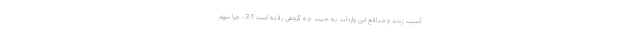
آسیب زدند و منافع این واردات به جیب چه گروهی رفته است؟! 3- چرا سهم